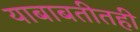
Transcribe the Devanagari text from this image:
याबाबतीतही